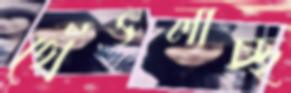
থেঁৎলাচ্ছ